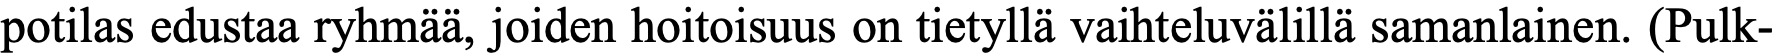
potilas edustaa ryhmää, joiden hoitoisuus on tietyllä vaihteluvälillä samanlainen. (Pulk-